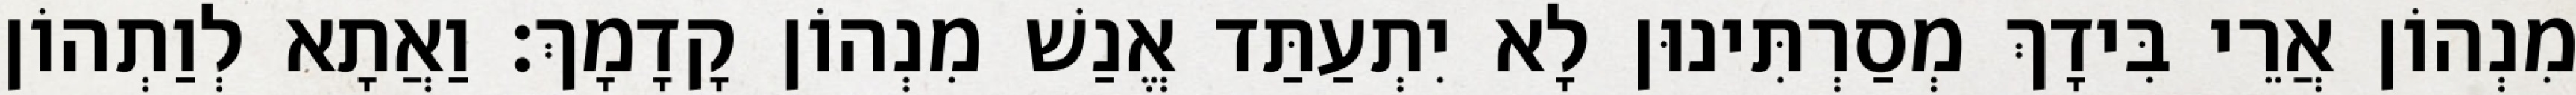
מִנְהוֹן אֲרֵי בִּידָךְ מְסַרְתִּינוּן לָא יִתְעַתַּד אֱנַשׁ מִנְהוֹן קָדָמָךְ׃ וַאֲתָא לְוַתְהוֹן